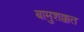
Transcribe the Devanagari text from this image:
बामुशक्कत